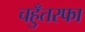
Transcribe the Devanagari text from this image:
चहुँतरफा